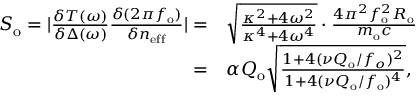
\begin{array} { r l } { S _ { \mathrm { o } } = | \frac { \delta T ( \omega ) } { \delta \Delta ( \omega ) } \frac { \delta ( 2 \pi f _ { \mathrm { o } } ) } { \delta n _ { \mathrm { e f f } } } | = } & { \sqrt { \frac { \kappa ^ { 2 } + 4 \omega ^ { 2 } } { \kappa ^ { 4 } + 4 \omega ^ { 4 } } } \cdot \frac { 4 \pi ^ { 2 } f _ { \mathrm { o } } ^ { 2 } R _ { \mathrm { o } } } { m _ { \mathrm { o } } c } } \\ { = } & { \alpha Q _ { \mathrm { o } } \sqrt { \frac { 1 + 4 ( \nu Q _ { \mathrm { o } } / f _ { o } ) ^ { 2 } } { 1 + 4 ( \nu Q _ { \mathrm { o } } / f _ { \mathrm { o } } ) ^ { 4 } } } , } \end{array}